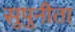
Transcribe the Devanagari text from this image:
सुपुनीता